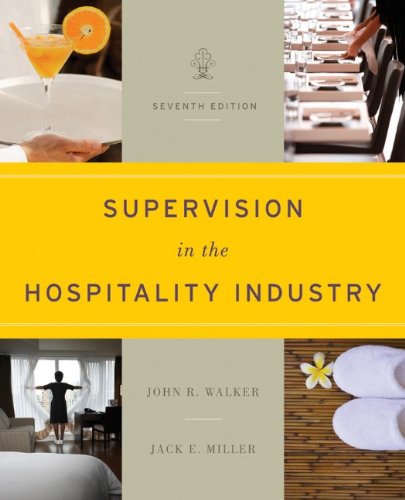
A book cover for Supervision in the Hospitality Industry; John R. Walker; Science & Math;